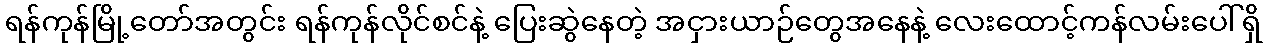
ရန်ကုန်မြို့တော်အတွင်း ရန်ကုန်လိုင်စင်နဲ့ ပြေးဆွဲနေတဲ့ အငှားယာဉ်တွေအနေနဲ့ လေးထောင့်ကန်လမ်းပေါ်ရှိ